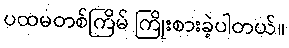
ပထမတစ်ကြိမ် ကြိုးစားခဲ့ပါတယ်။